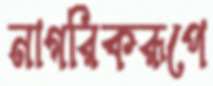
নাগরিকরূপে